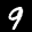
Label: 9